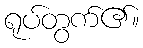
ရုပ်တွက်၏။